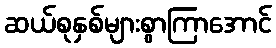
ဆယ်စုနှစ်များစွာကြာအောင်